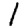
Digit: 1